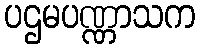
ပဌမပဏ္ဏာသက